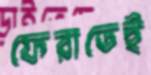
ফেরাতেই